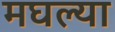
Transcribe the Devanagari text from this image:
मघल्या